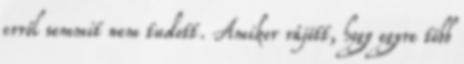
erről semmit nem tudott. Amikor rájött, hogy egyre több